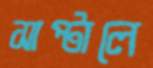
সাপ্‌টালে